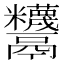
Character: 𩱵